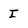
Character: I